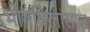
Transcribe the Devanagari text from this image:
भोगविलासात